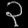
Digit: ၃